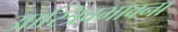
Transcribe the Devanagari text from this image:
आस्त्रिवभावना